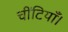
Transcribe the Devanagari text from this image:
चींटियाँ।